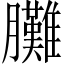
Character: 𦣎